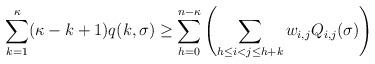
LaTeX: \begin{align*}\sum_{k=1}^\kappa (\kappa-k+1) q(k, \sigma) \ge \sum_{h=0}^{n-\kappa} \left(\sum_{h \le i < j \le h+k} w_{i,j} Q_{i,j}(\sigma)\right)\end{align*}